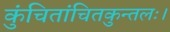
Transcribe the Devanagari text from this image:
कुंचितांचितकुन्तलः।